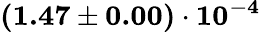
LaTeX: \mathbf{(1.47\pm 0.00)\cdot 10^{-4}}